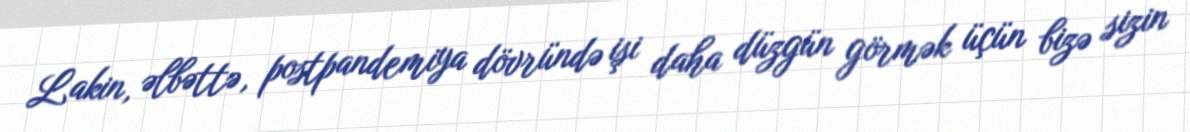
Lakin, əlbəttə, postpandemiya dövründə işi daha düzgün görmək üçün bizə sizin